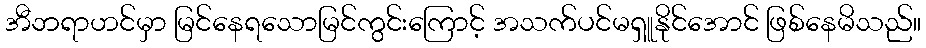
အီဘရာဟင်မှာ မြင်နေရသောမြင်ကွင်းကြောင့် အသက်ပင်မရှူနိုင်အောင် ဖြစ်နေမိသည်။